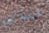
متسابق